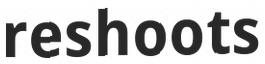
reshoots